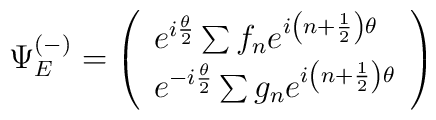
\Psi_E^{(-)}=\left(\begin{array}{l}  e^{i \frac{\theta}{2}} \sum f_n e^{i \left(n+\frac{1}{2}\right)\theta} \\  e^{-i \frac{\theta}{2}} \sum g_n e^{i\left(n+\frac{1}{2}\right)\theta}\end{array}\right)